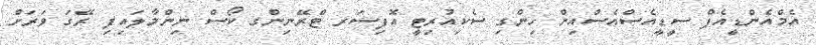
އެމްއެންޑީއެފް ސީޑީއެސްއެސްއިން ހިންގި ސެކިއުރިޓީ އޮފިސަރ ޓްރޭނިންގ ކޯސް ނިންމާލައިފި ރޭގަ ވަރަށް